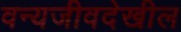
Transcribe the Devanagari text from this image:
वन्यजीवदेखील